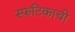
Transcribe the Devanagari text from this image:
स्फटिकाची